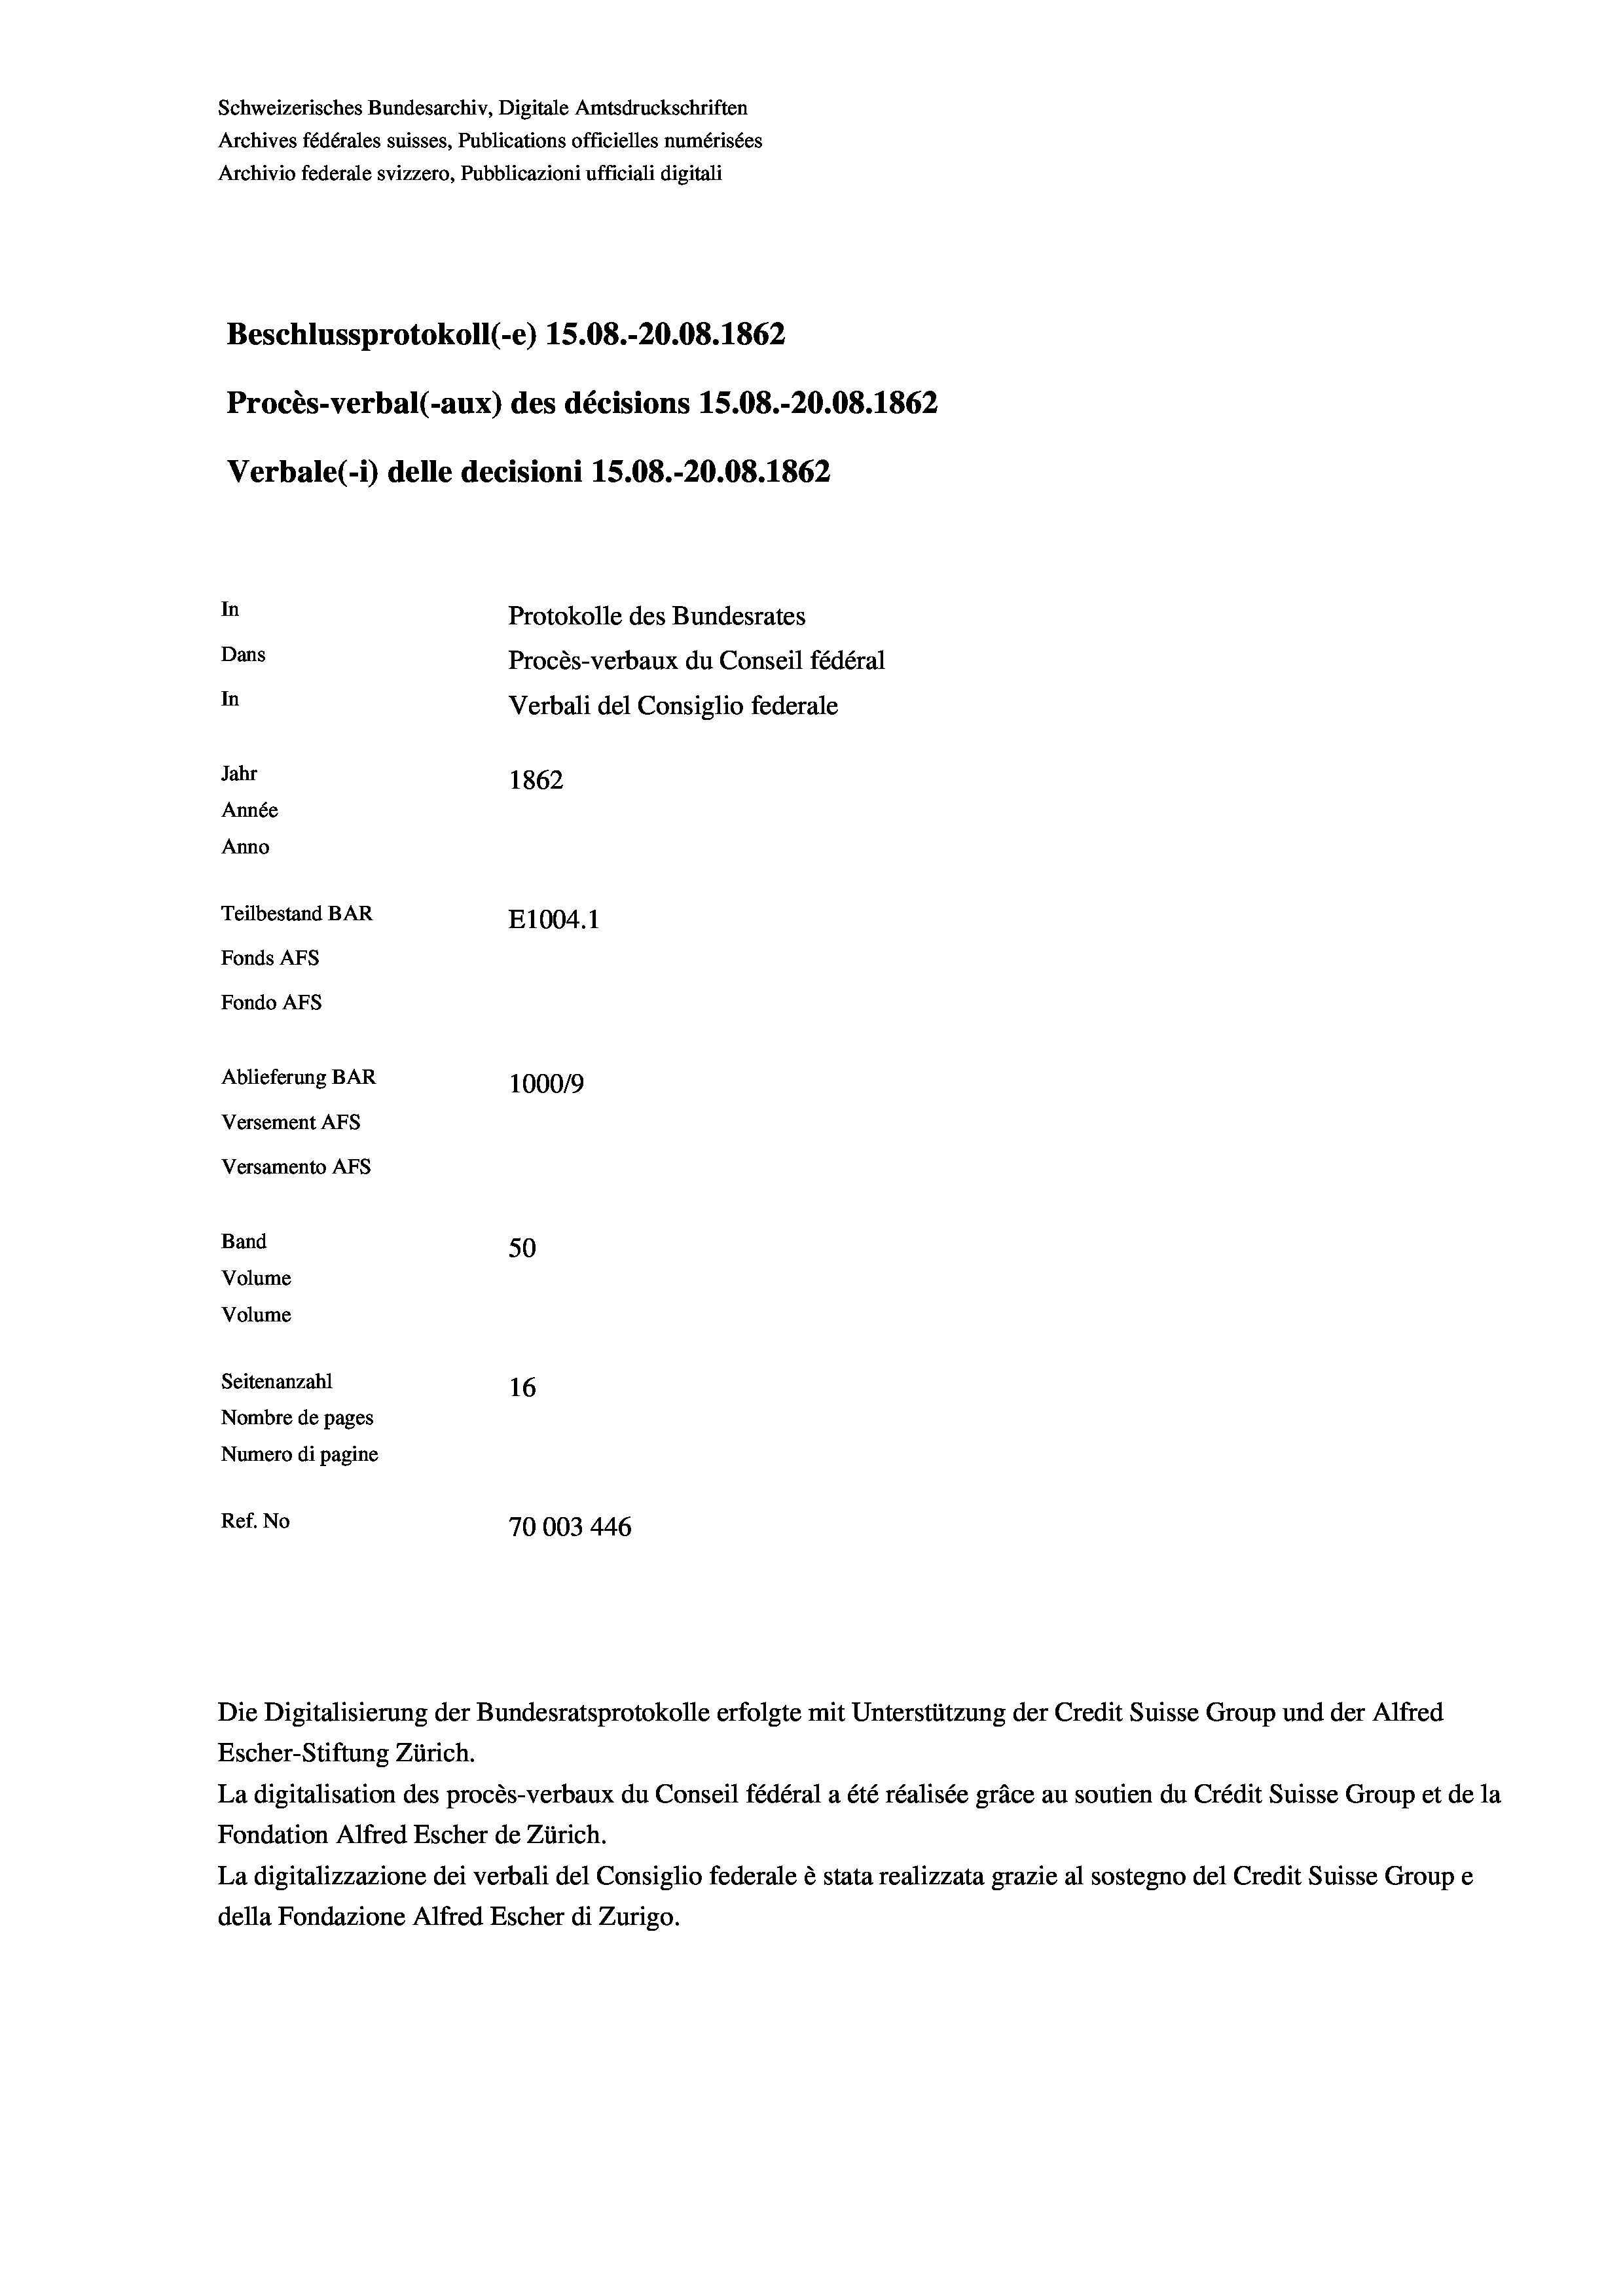
Beschlussprotokoll (-e) 15.08.-20.08. 1862
Procès-verbal (-aux) des décisions 15.08.-20.08. 1862
Verbale (- 1) delle decisioni 15.08.-20.08. 1862
In
Protokolle des Bundesrates
Dans
Procès-verbaux du Conseil fédéral
In
Verbali del Consiglio federale
Jahr
1862
Année
Anno
Teilbestand BAR
E1004. 1
Fonds AFs
Fondo AFS
Ablieferung BAR
100019
Versement AFs
Versamento Afs

Band
Volume
Volume

Schweizerisches Bundesarchiv, Digitale Amtsdruckschriften
Archives fédérales suisses, Publications officielles numérisées
Archivio federale svizzero, Pubblicazioni ufficiali digitali

50
Seitenanzahl
16
Nombre de pages
Numero di pagine
Ref. No
70003 446

Escher-Stiftung Zürich.
La digitalisation des procès-verbaux du Conseil fédéral a été réalisée gräce au soutien du Crédit Suisse Group et de la
Fondation Alfred Escher de Zürich.
La digitalizzazione dei verbali del Consiglio federale è stata realizzata grazie al sostegno del Credit Suisse Groupe
della Fondazione Alfred Escher di Zurigo.

Die Digitalisierung der Bundesratsprotokolle erfolgte mit Unterstützung der Credit Suisse Group und der Alfred